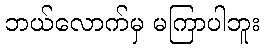
ဘယ်လောက်မှ မကြာပါဘူး